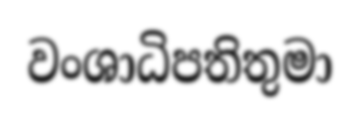
වංශාධිපතිතුමා